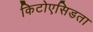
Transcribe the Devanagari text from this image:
किटोएसिडता